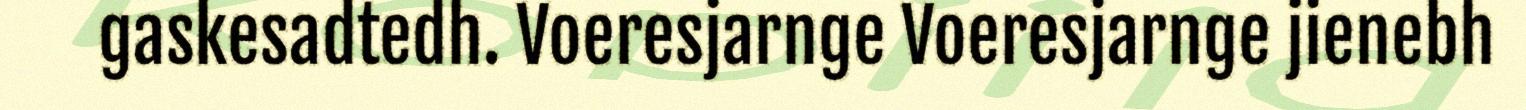
gaskesadtedh. Voeresjarnge Voeresjarnge jienebh